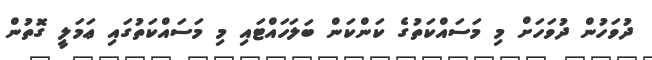
ދުވަހުން ދުވަހަށް މި މަސައްކަތުގެ ކަންކަން ބަލަހައްޓައި މި މަސައްކަތުގައި ޢަމަލީ ގޮތުން